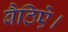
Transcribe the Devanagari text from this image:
बैठिऐ।